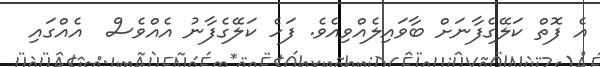
އެ ފޮތް ކަލޭގެފާނަށް ބާވައިލެއްވިއެވެ. ފަހެ ކަލޭގެފާނު އެއްވެސް  އެއްގައި